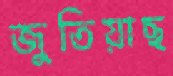
জুতিয়াছ